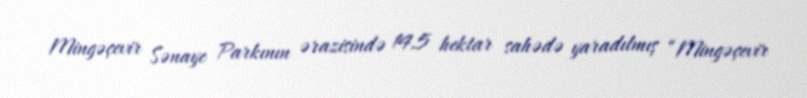
Mingəçevir Sənaye Parkının ərazisində 14,5 hektar sahədə yaradılmış “Mingəçevir